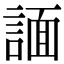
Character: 𧩤